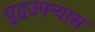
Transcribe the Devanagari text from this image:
युद्धउपन्यास